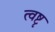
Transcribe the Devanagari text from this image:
त्वष्टृ